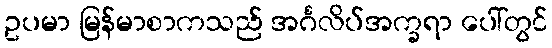
ဥပမာ မြန်မာစာကသည် အင်္ဂလိပ်အက္ခရာ ပေါ်တွင်